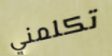
تكلمني